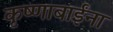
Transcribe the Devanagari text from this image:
कृष्णाबाईंना